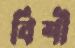
বিশী